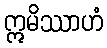
ဣမိဿာဟံ